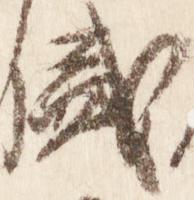
盛